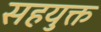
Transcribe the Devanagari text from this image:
सहयुक्त